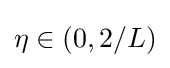
{\textstyle \eta \in (0,2/L)}